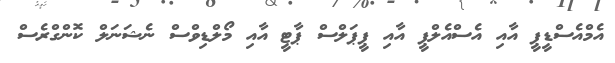
އެމްއެސްޑީޕީ އާއި އެސްއެލްޕީ އާއި ޕީޕަލްސް ޕާޓީ އާއި މޯލްޑިވްސް ނެޝަނަލް ކޮންގްރެސް